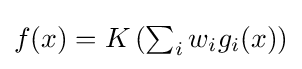
\textstyle f(x)=K\left(\sum _{i}w_{i}g_{i}(x)\right)